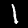
Digit: 1